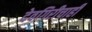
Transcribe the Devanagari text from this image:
देवगिरीचाही